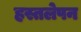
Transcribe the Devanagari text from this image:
हस्तलेपन